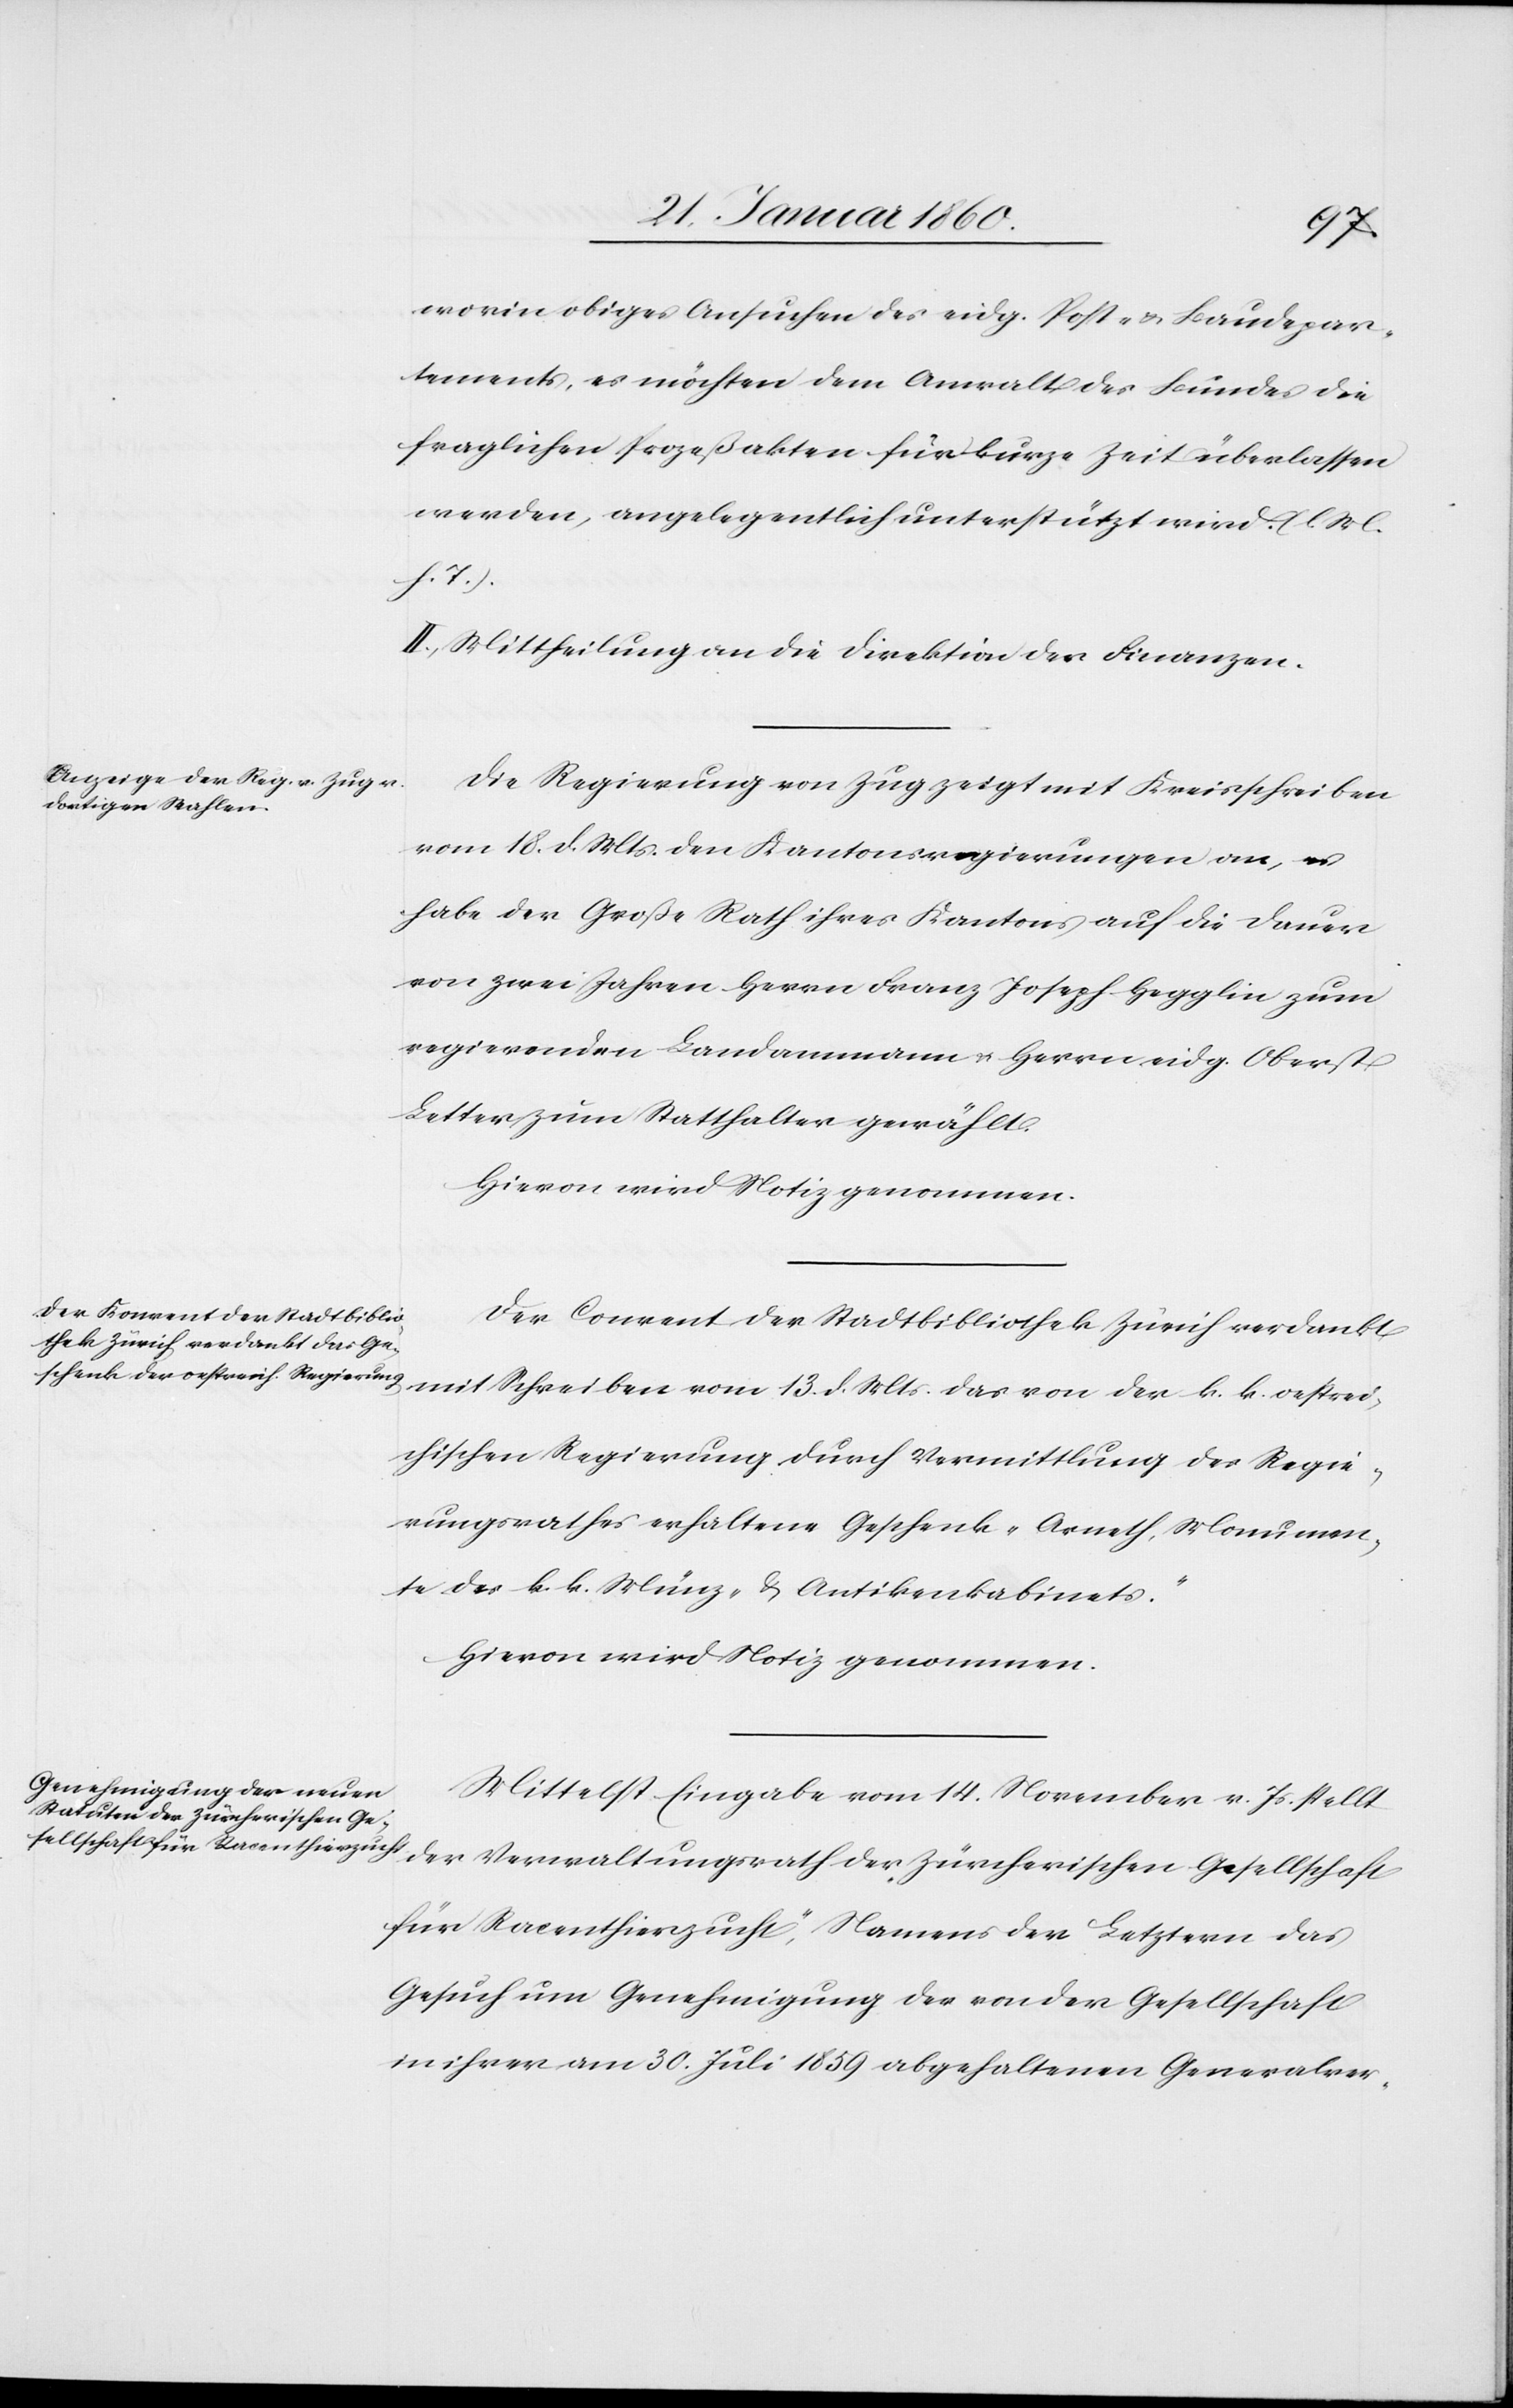
worin obiges Ansuchen des eidg. Post- u. Baudepar¬
tements, es möchten dem Anwalt des Bundes die
fraglichen Prozeßakten für kurze Zeit überlassen
werden, angelegentlich unterstützt wird [l. M.
h. T].
II. Mittheilung an die Direktion der Finanzen.
Die Regierung von Zug zeigt mit Kreisschreiben
vom 18. d. Mts. den Kantonsregierungen an, es
habe der Große Rath ihres Kantons auf die Dauer
von zwei Jahren Herrn Franz Joseph Hegglin zum
regierenden Landammann u. Herrn eidg. Oberst
Letter zum Statthalter gewählt.
Hievon wird Notiz genommen.
Der Convent der Stadtbibliothek Zürich verdankt
mit Schreiben vom 13. d. Mts. das von der k. k. oestrei¬
chischen Regierung durch Vermittlung des Regie¬
rungsrathes erhaltene Geschenk „Arneth-Monumen¬
te des k. k. Münz- u. Antikenkabinets.“
Hievon wird Notiz genommen.
Mittelst Eingabe vom 14. November v. Js. stellt
der Verwaltungsrath der [„]Zürcherischen Gesellschaft
für Racenthierzucht“, Namens der Letztern das
Gesuch um Genehmigung der von der Gesellschaft
in ihrer am 30. Juli 1859 abgehaltenen Generalver-